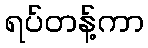
ရပ်တန့်ကာ